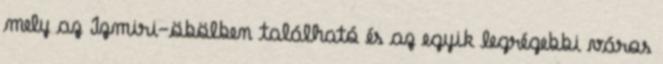
mely az Izmiri-öbölben található és az egyik legrégebbi város